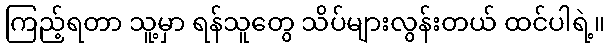
ကြည့်ရတာ သူ့မှာ ရန်သူတွေ သိပ်များလွန်းတယ် ထင်ပါရဲ့။